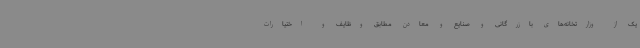
یک از وزارتخانه‌های بازرگانی و صنایع و معادن مطابق وظایف و اختیارات